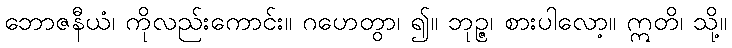
ဘောဇနီယံ၊ ကိုလည်းကောင်း။ ဂဟေတွာ၊ ၍။ ဘုဉ္ဇ၊ စားပါလော့။ ဣတိ၊ သို့။